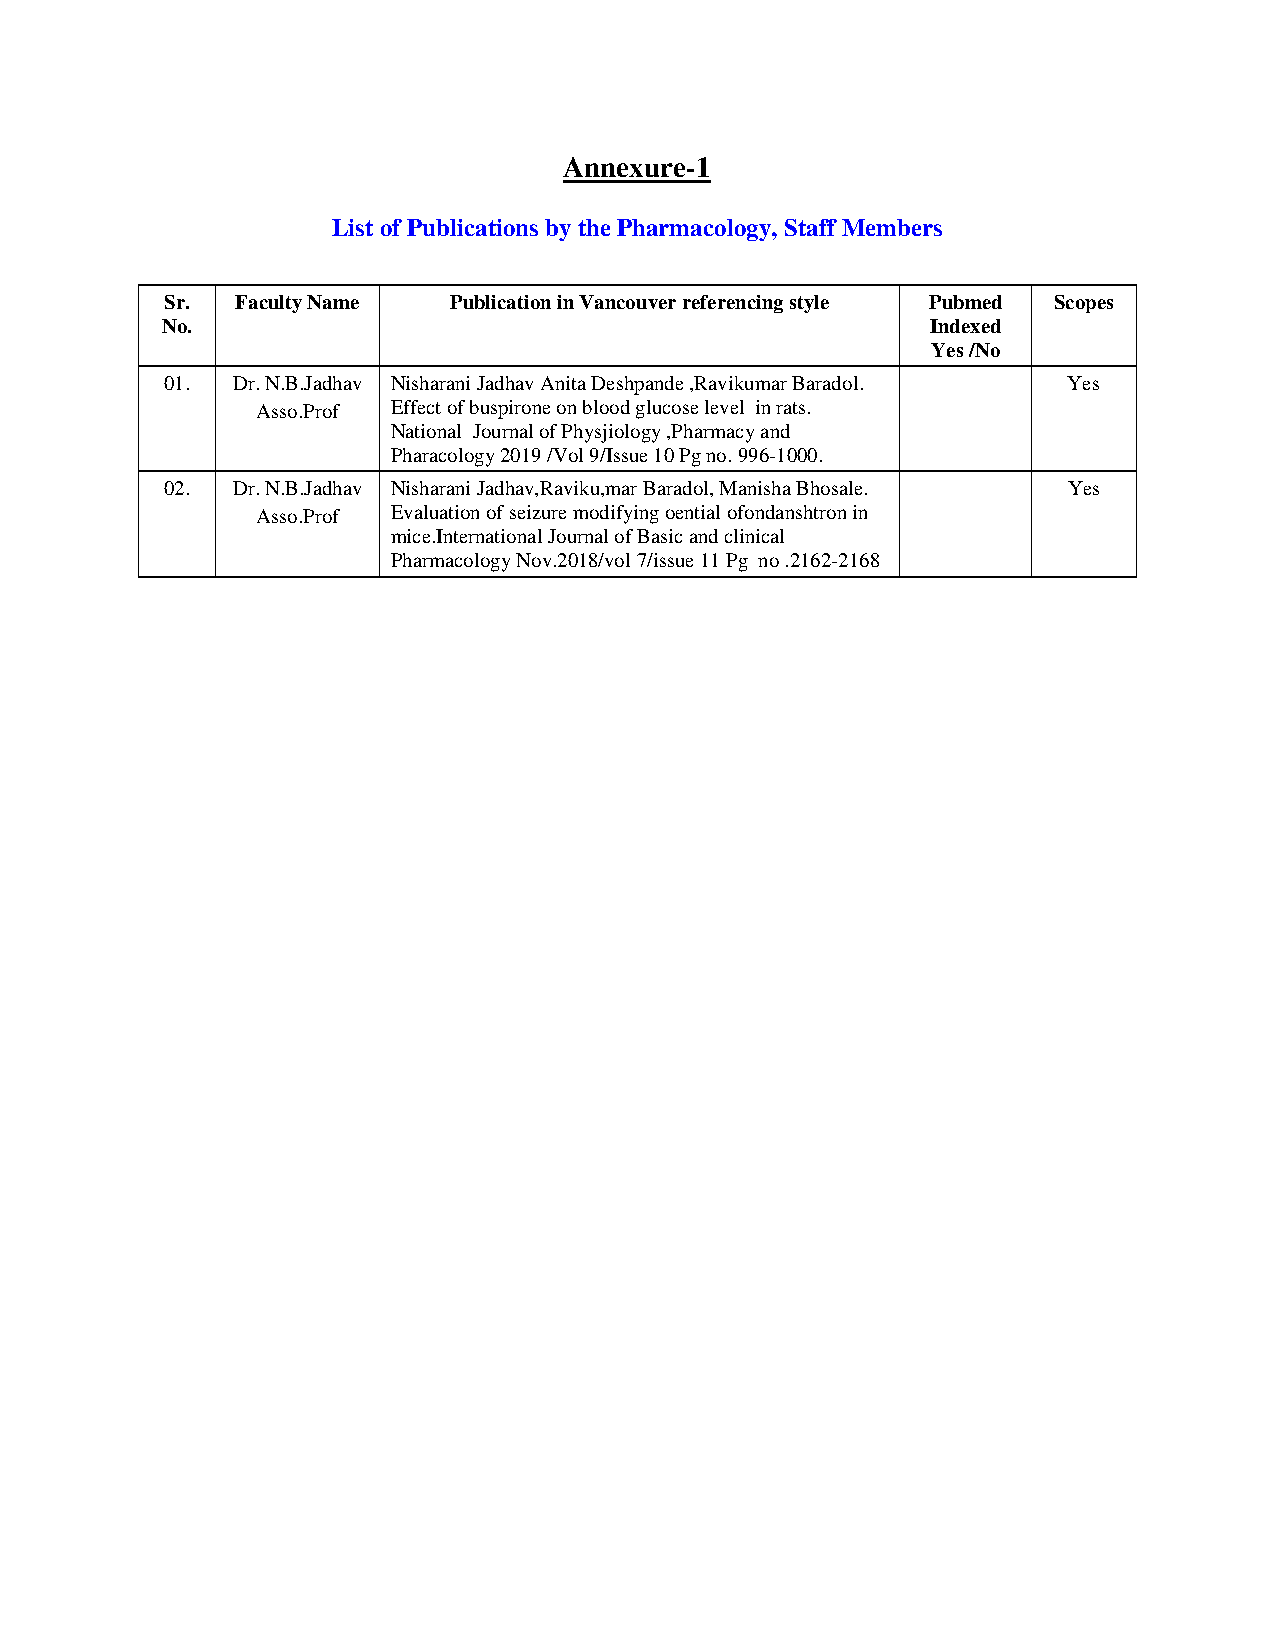
Annexure-1
 List of Publications by the Pharmacology, Staff Members
 Sr.  Faculty Name  Publication in Vancouver referencing style Pubmed Scopes
 No.                                                Indexed
 Yes /No
 01. Dr. N.B.Jadhav Nisharani Jadhav Anita Deshpande ,Ravikumar Baradol. Yes
 Asso.Prof Effect of buspirone on blood glucose level in rats.
 National Journal of Physjiology ,Pharmacy and
 Pharacology 2019 /Vol 9/Issue 10 Pg no. 996-1000.
 02. Dr. N.B.Jadhav Nisharani Jadhav,Raviku,mar Baradol, Manisha Bhosale. Yes
 Asso.Prof Evaluation of seizure modifying oential ofondanshtron in
 mice.International Journal of Basic and clinical
 Pharmacology Nov.2018/vol 7/issue 11 Pg no .2162-2168